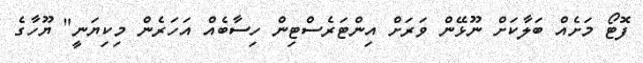
ފޮޓޯ މަށެއް ބަލާކަށް ނޫޅޭން ވަރަށް އިންޓަރެސްޓިން ހިސާބެއް އަހަރެން މިކިޔަނީ" ޔޫހާގެ